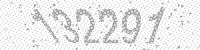
Solution: 132291